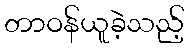
တာဝန်ယူခဲ့သည့်